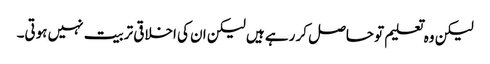
لیکن وہ تعلیم تو حاصل کر رہے ہیں لیکن ان کی اخلاقی تربیت نہیں ہوتی۔